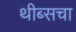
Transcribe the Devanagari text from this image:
थीब्सचा